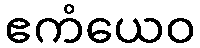
ဧကံယေဝ